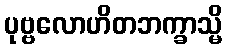
ပုဗ္ဗလောဟိတဘက္ခာသ္မိ